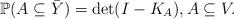
LaTeX: \begin{align*}\mathbb{P}(A \subseteq \bar{Y}) = \det(I - K_A), A \subseteq V.\end{align*}